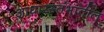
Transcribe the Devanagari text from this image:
आधारस्तंभातील